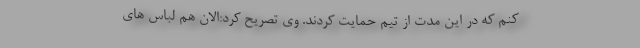
کنم که در این مدت از تیم حمایت کردند. وی تصریح کرد:الان هم لباس های